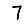
Digit: 7